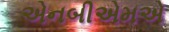
એનબીએમએ